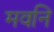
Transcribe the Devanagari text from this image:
मवनि